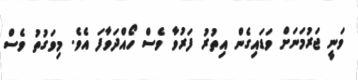
ވަނީ ޖަރުމަނަށް ވަޑައިގެން އިތުރު ފަރުވާ ވެސް ހޯއްދަވާފަ އެވެ. މިވަގުތު ވެސް